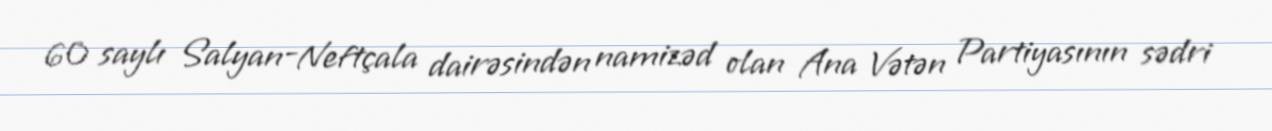
60 saylı Salyan-Neftçala dairəsindən namizəd olan Ana Vətən Partiyasının sədri